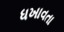
ધખાવતા